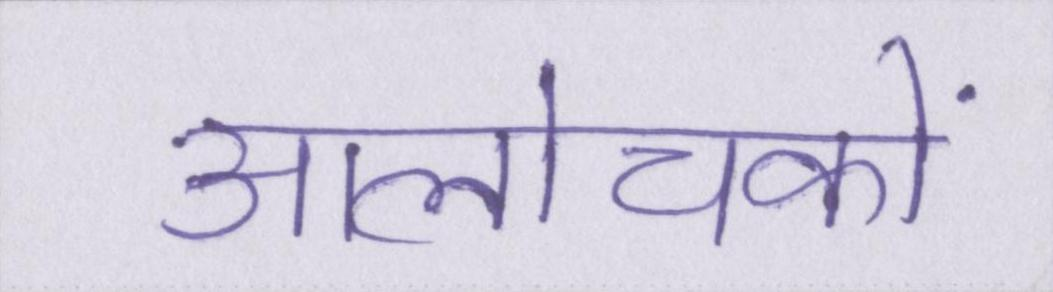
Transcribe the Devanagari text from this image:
आलोचकों